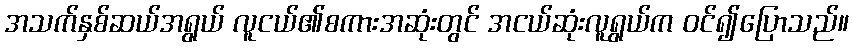
အသက်နှစ်ဆယ်အရွယ် လူငယ်၏စကားအဆုံးတွင် အငယ်ဆုံးလူရွယ်က ဝင်၍ပြောသည်။